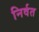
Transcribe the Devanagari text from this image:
निर्वत